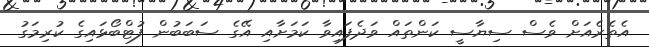
އެތެރެއަށް ވެސް ސިޔާސީ ކަންތައް ވަދެފައިވާ ކަމަށާއި އޭގެ ސަބަބުން ފުޓްބޯޅައިގެ ކުރިމަގު